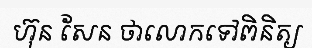
ហ៊ុន សែន ថាលោកទៅពិនិត្យ